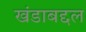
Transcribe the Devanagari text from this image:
खंडाबद्दल